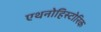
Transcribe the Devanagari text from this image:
एथनोहिस्टोरिक